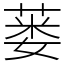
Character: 蒌